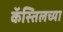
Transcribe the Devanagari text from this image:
कॅस्तिलच्या